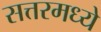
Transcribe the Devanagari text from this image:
सत्तरमध्ये